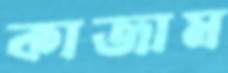
কাজাম